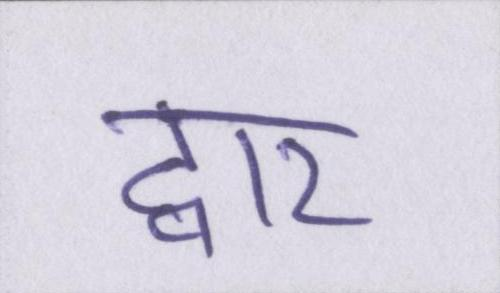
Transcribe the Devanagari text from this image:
द्वार